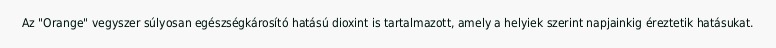
Az "Orange" vegyszer súlyosan egészségkárosító hatású dioxint is tartalmazott, amely a helyiek szerint napjainkig éreztetik hatásukat.